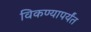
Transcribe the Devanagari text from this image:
विकण्यापर्यंत